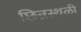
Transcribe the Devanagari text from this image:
छिन्नस्थळी